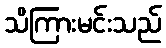
သိကြားမင်းသည်